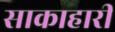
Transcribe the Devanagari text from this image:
साकाहारी